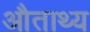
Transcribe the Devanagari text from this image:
औताथ्य